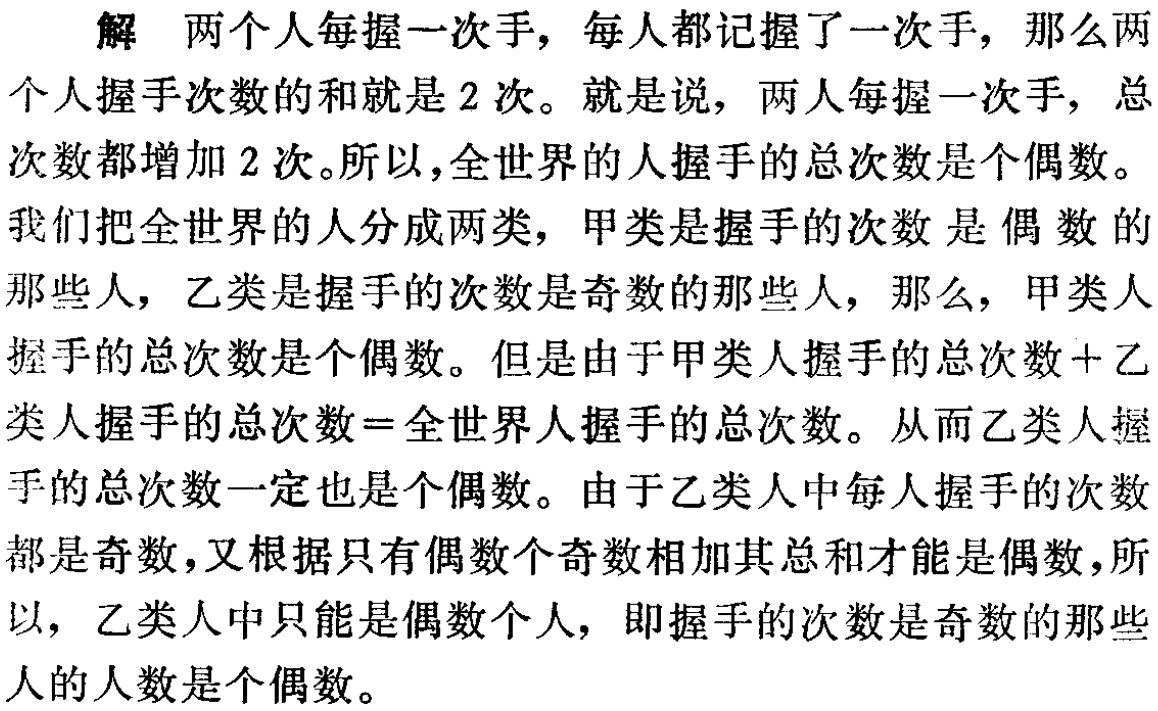
解 两个人每握一次手，每人都记握了一次手，那么两个人握手次数的和就是$2$次。就是说，两人每握一次手，总次数都增加$2$次。所以，全世界的人握手的总次数是个偶数。

我们把全世界的人分成两类，甲类是握手的次数是偶数的那些人，乙类是握手的次数是奇数的那些人，那么，甲类人握手的总次数是个偶数。但是由于甲类人握手的总次数+乙类人握手的总次数=全世界人握手的总次数。从而乙类人握手的总次数一定也是个偶数。由于乙类人中每人握手的次数都是奇数，又根据只有偶数个奇数相加其总和才能是偶数，所以，乙类人中只能是偶数个人，即握手的次数是奇数的那些人的人数是个偶数。